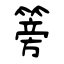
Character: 篣